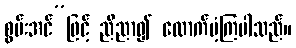
စွမ်းအင်”ဖြင့် ညီညာ၍ ထောက်ပံ့ကြပါသည်။